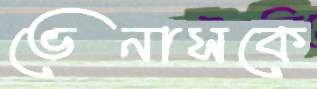
ভেনাসকে